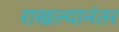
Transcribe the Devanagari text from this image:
राखल्यानंतर